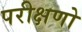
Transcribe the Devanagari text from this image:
परीक्षणो